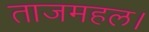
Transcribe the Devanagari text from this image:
ताजमहल।